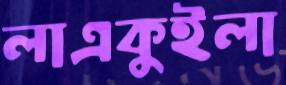
লাএকুইলা